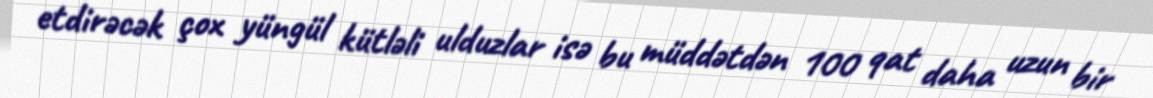
etdirəcək çox yüngül kütləli ulduzlar isə bu müddətdən 100 qat daha uzun bir